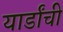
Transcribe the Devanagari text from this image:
यार्डांची